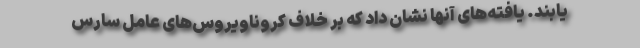
یابند. یافته‌های آنها نشان داد که بر خلاف کروناویروس‌های عامل سارس